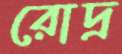
রোদ্র